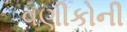
વણીકોની